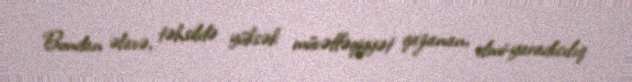
Bundan əlavə, təhsildə yüksək müvəffəqiyyət qazanan, elmi-yaradıcılıq